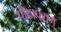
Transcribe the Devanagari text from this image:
पीठापुराम्‌